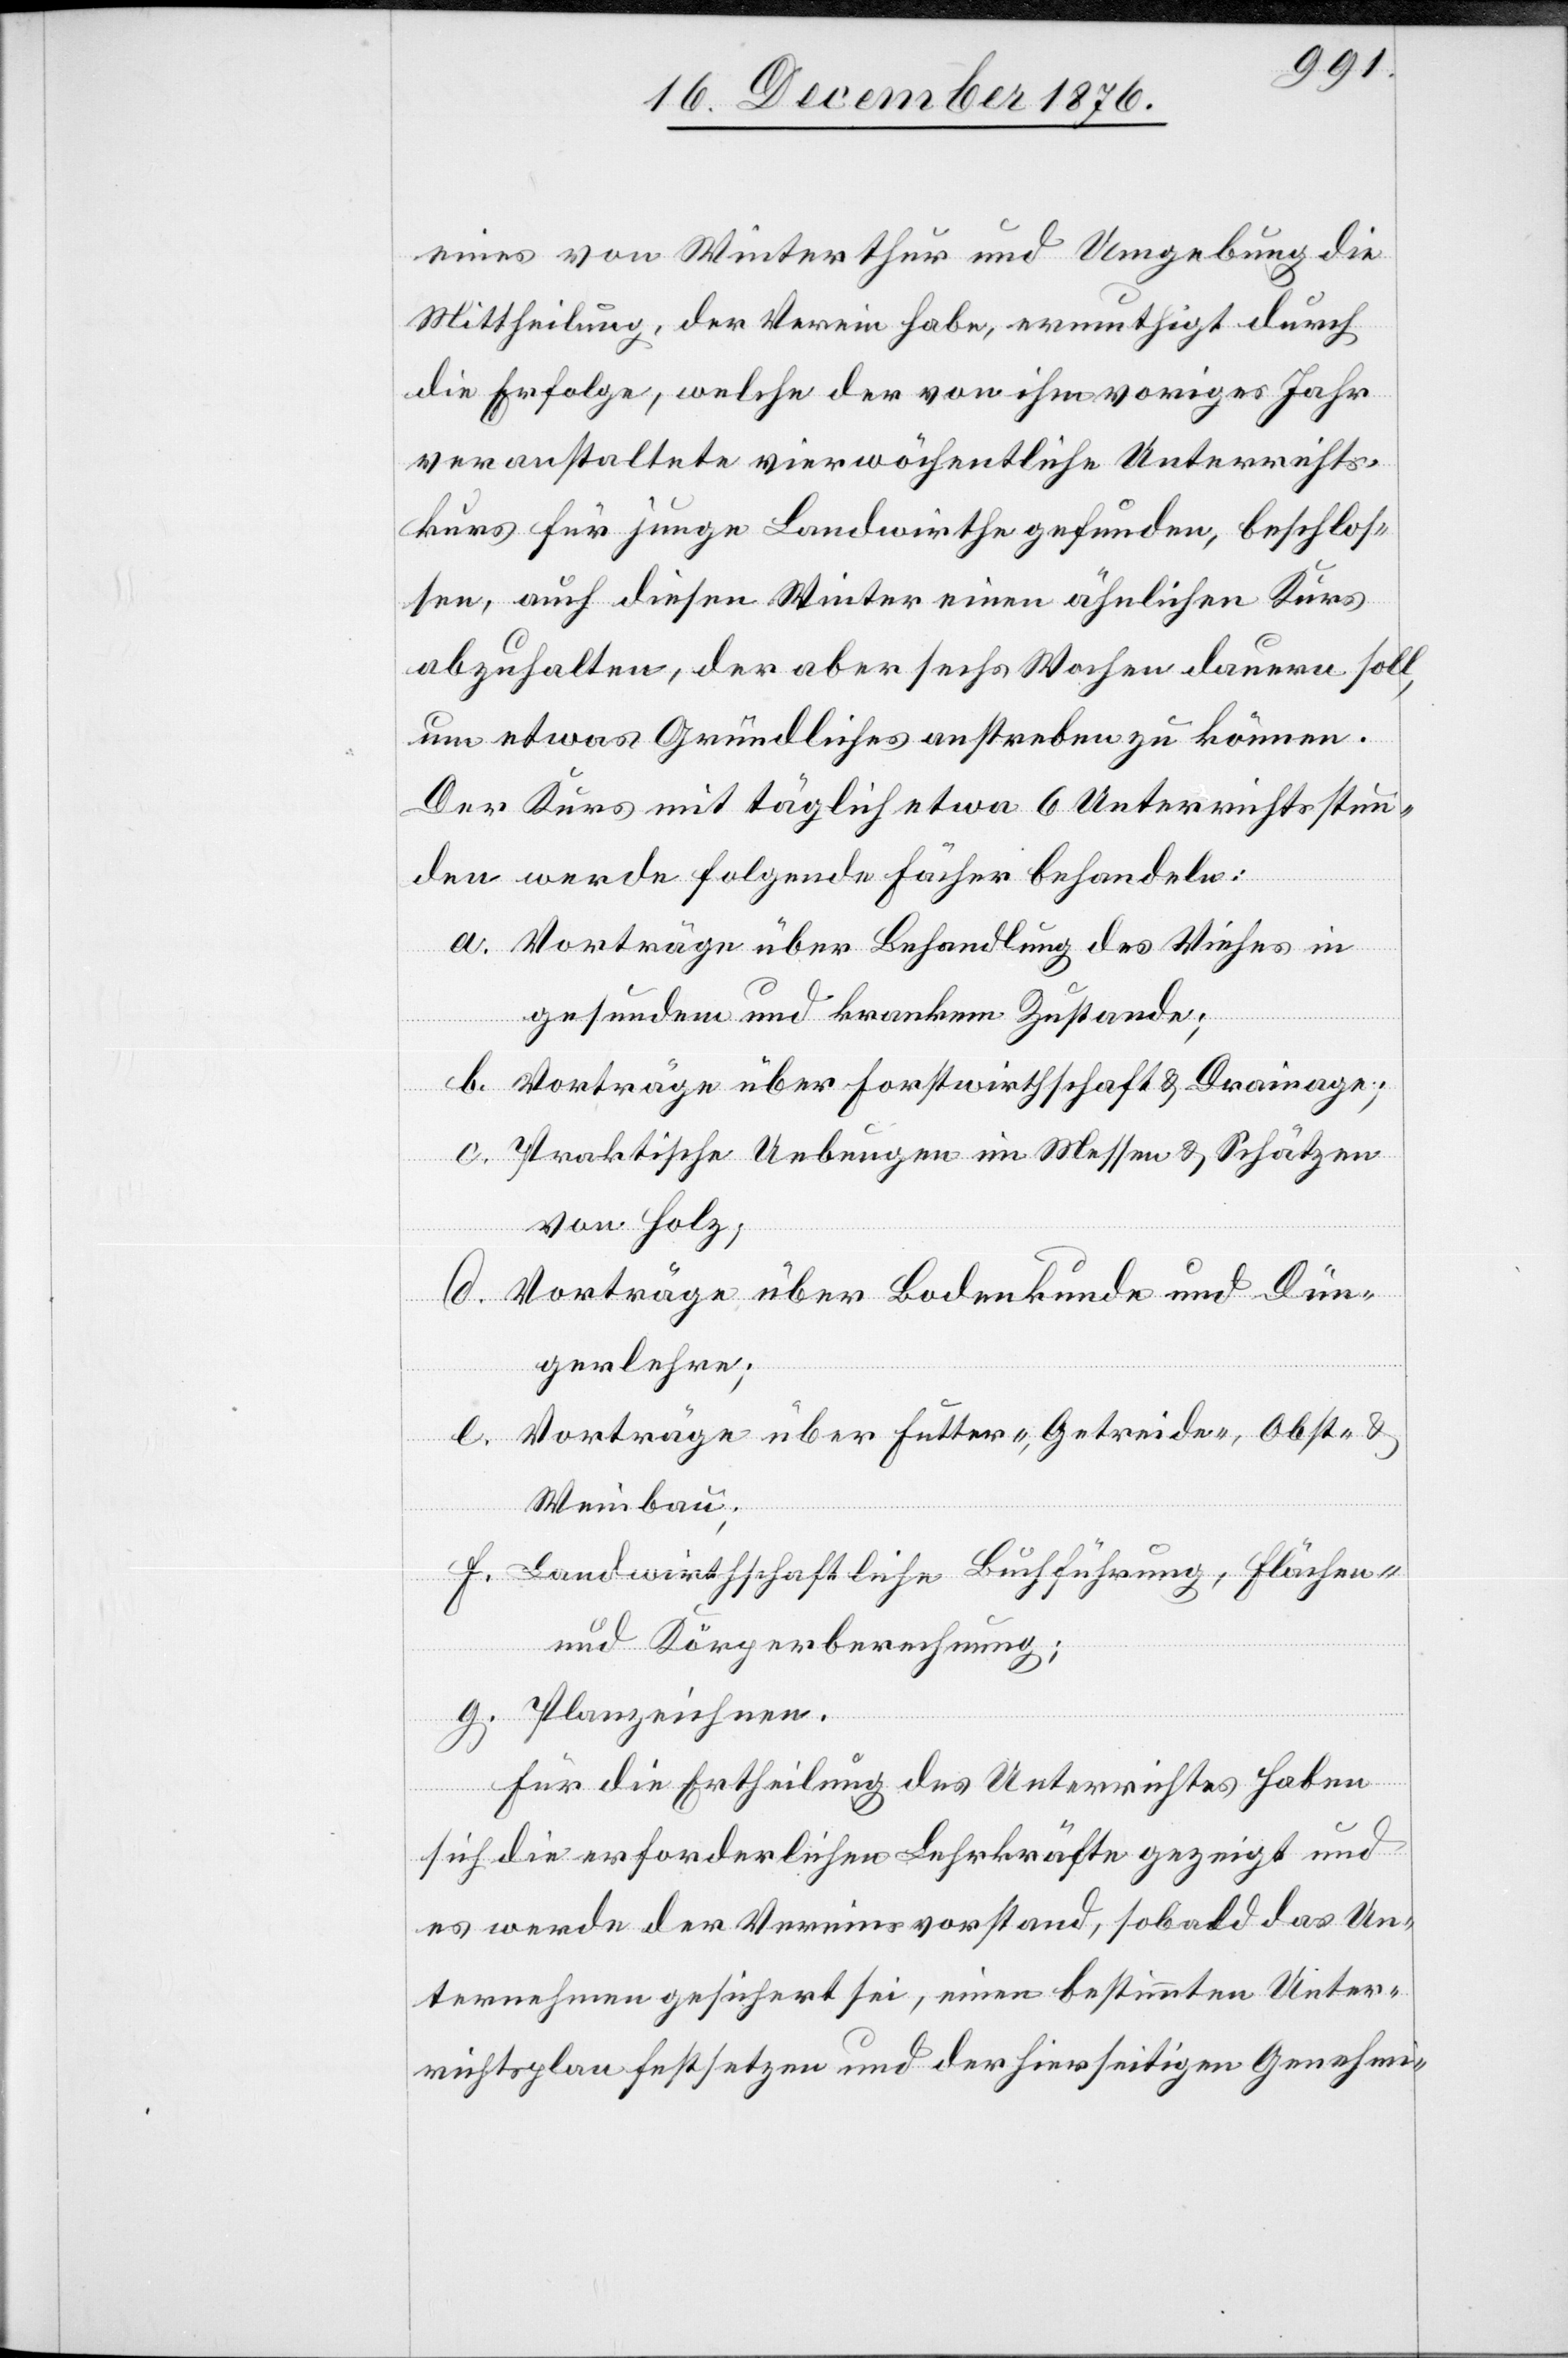
eines von Winterthur und Umgebung die
Mittheilung, der Verein habe, ermuthigt durch
die Erfolge, welche der von ihm voriges Jahr
veranstaltete vierwöchentliche Unterrichts¬
kurs für junge Landwirthe gefunden, beschlos¬
sen, auch diesen Winter einen ähnlichen Kurs
abzuhalten, der aber sechs Wochen dauern soll,
um etwas Gründliches anstreben zu können.
Der Kurs mit täglich etwa 6 Unterrichtsstun¬
den werde folgende Fächer behandeln:
a. Vorträge über Behandlung des Viehes in
gesundem und krankem Zustande;
b. Vorträge über Forstwirthschaft & Drainage;
c.
Praktische Uebungen im Messen & Schätzen
von Holz;
d. Vorträge über Bodenkunde und Dün¬
gerlehre;
e. Vorträge über Futter-, Getreide-, Obst- &
Weinbau;
f. Landwirthschaftliche Buchführung, Flächen-
und Körperberechnung;
g. Planzeichnen.
Für Ertheilung des Unterrichts haben
sich die erforderlichen Lehrkräfte gezeigt und
es werde der Vereinsvorstand, sobald das Un¬
ternehmen gesichert sei, einen bestimmten Unter¬
richtsplan festsetzen und der hierseitigen Genehmi-